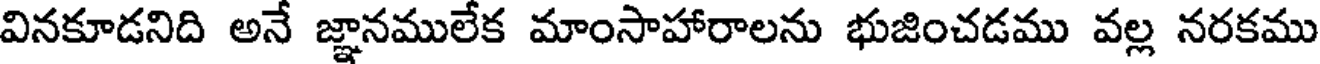
వినకూడనిది అనే జ్ఞానములేక మాంసాహారాలను భుజించడము వల్ల నరకము